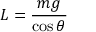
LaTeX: L = { \frac { m g } { \cos \theta } }